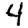
Digit: 4